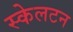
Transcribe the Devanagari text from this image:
स्केलटन